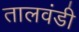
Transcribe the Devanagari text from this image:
तालवंडी